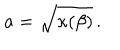
a = \sqrt { \kappa ( \beta ) } \, .